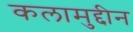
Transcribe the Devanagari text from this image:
कलामुद्दीन